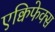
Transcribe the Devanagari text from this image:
एक्विफेक्स